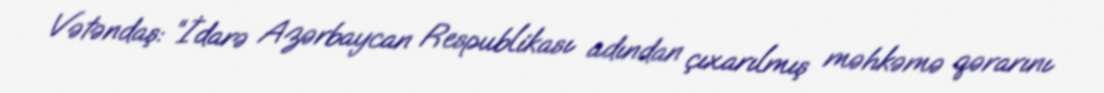
Vətəndaş: “İdarə Azərbaycan Respublikası adından çıxarılmış məhkəmə qərarını